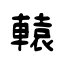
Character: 轅